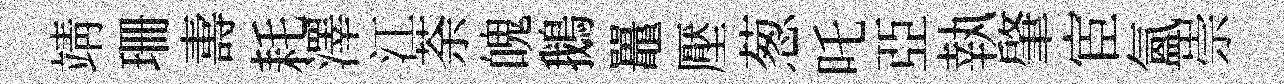
靖珊夀耗澤江荼魄鵝鼉壓葱吒亞執肇宦氳崇